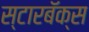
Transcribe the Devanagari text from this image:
स्टारबॅक्स